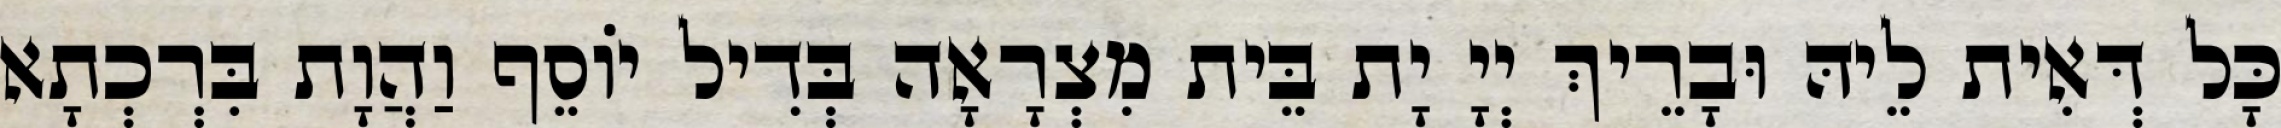
כָּל דְּאִית לֵיהּ וּבָרֵיךְ יְיָ יָת בֵּית מִצְרָאָה בְּדִיל יוֹסֵף וַהֲוָת בִּרְכְתָא